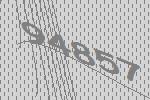
94857